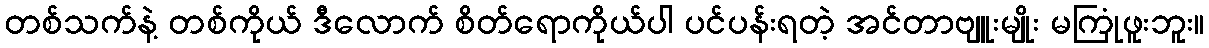
တစ်သက်နဲ့ တစ်ကိုယ် ဒီလောက် စိတ်ရောကိုယ်ပါ ပင်ပန်းရတဲ့ အင်တာဗျူးမျိုး မကြုံဖူးဘူး။